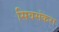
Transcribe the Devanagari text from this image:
सिवसंकरा